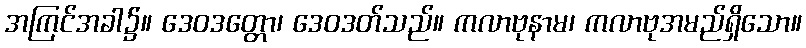
အကြင်အခါ၌။ ဒေဝဒတ္တော၊ ဒေဝဒတ်သည်။ ကလာဗုနာမ၊ ကလာဗုအမည်ရှိသော။